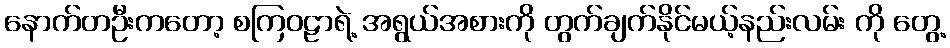
နောက်တဦးကတော့ စကြဝဠာရဲ့ အရွယ်အစားကို တွက်ချက်နိုင်မယ့်နည်းလမ်း ကို တွေ့